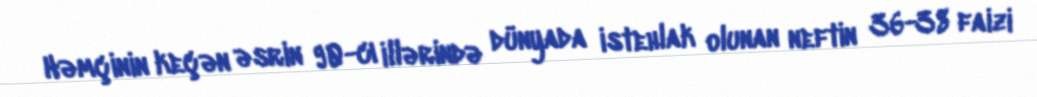
Həmçinin keçən əsrin 90-cı illərində dünyada istehlak olunan neftin 36-38 faizi